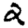
Digit: 2